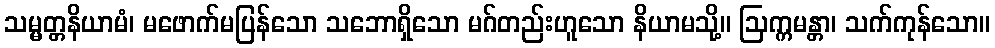
သမ္မတ္တနိယာမံ၊ မဖောက်မပြန်သော သဘောရှိသော မဂ်တည်းဟူသော နိယာမသို့။ ဩက္ကမန္တာ၊ သက်ကုန်သော။